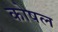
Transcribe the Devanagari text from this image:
कोषल